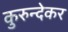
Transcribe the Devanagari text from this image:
कुरुन्देकर